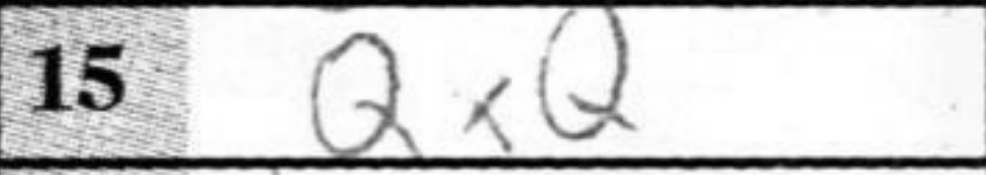
Transcription: QxQ